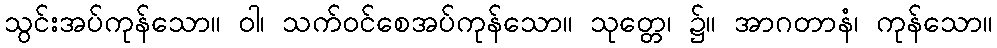
သွင်းအပ်ကုန်သော။ ဝါ၊ သက်ဝင်စေအပ်ကုန်သော။ သုတ္တေ၊ ၌။ အာဂတာနံ၊ ကုန်သော။